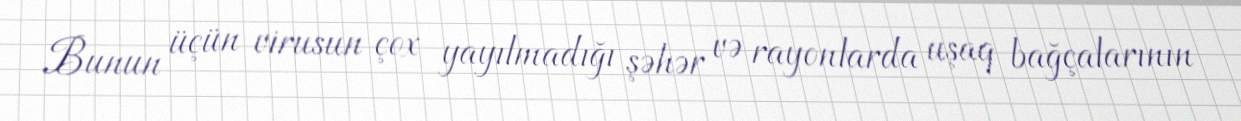
Bunun üçün virusun çox yayılmadığı şəhər və rayonlarda uşaq bağçalarının